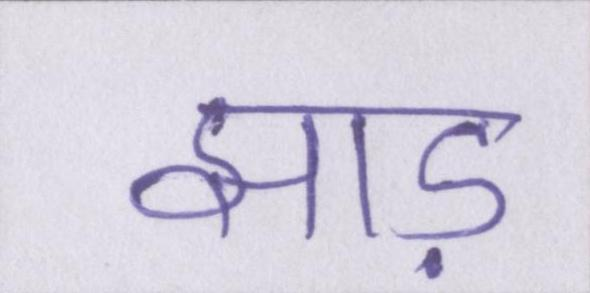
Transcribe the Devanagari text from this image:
झाड़